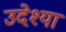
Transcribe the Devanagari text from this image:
उदेश्या